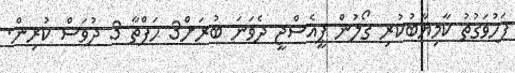
ފަހުވަގުތު ކާމިޔާބުކުރި ގޯލުން ޕީއެސްޖީ ދެވަނަ ބުރަށް3 ހަފްތާ 3 ދުވަސް ކުރިން.